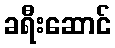
ခရီးဆောင်